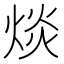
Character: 㷋